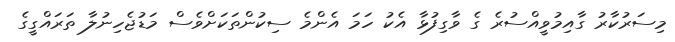
މިސަރުކާރު ގާއިމުވީއްސުރެ ގެ ވާގިފުޅާ އެކު ހަމަ އެންމެ ސިކުންތަކަށްވެސް މަޑުޖެހިނުލާ ތަރައްގީގެ